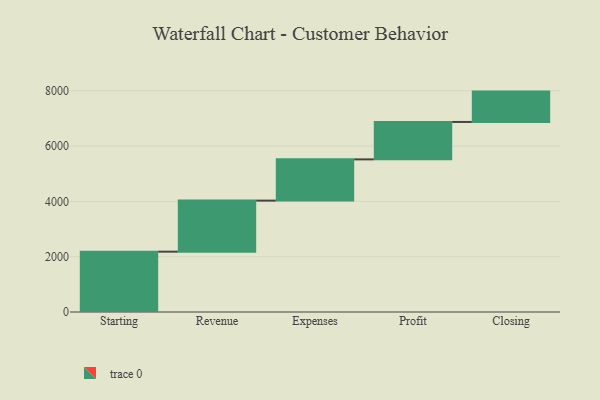
{"axis": {"x": "Step", "y": "Value"}, "legend": [""], "data": [{"x": "Starting", "y": 2182.0, "type": ""}, {"x": "Revenue", "y": 1846.0, "type": ""}, {"x": "Expenses", "y": 1492.0, "type": ""}, {"x": "Profit", "y": 1353.0, "type": ""}, {"x": "Closing", "y": 1098.0, "type": ""}]}